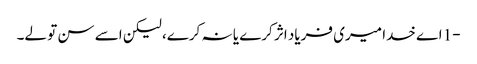
-1 اے خدا میری فریاد اثر کرے یا نہ کرے، لیکن اسے سن تو لے۔